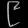
Digit: ၉